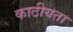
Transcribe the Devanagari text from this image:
काठीयता